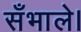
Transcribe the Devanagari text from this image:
सँभाले।